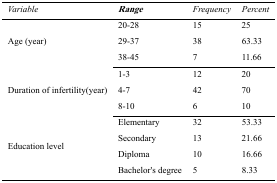
<table><thead><tr><td><b>Variable</b></td><td><b>Range</b></td><td><b>Frequency</b></td><td><b>Percent</b></td></tr></thead><tbody><tr><td rowspan="4">Age (year)</td><td>20-28</td><td>15</td><td>25</td></tr><tr><td>29-37</td><td>38</td><td>63.33</td></tr><tr><td>38-45</td><td>7</td><td>11.66</td></tr><tr><td rowspan="4">Duration of infertility(year)</td><td>1-3</td><td>12</td><td>20</td></tr><tr><td>4-7</td><td>42</td><td>70</td></tr><tr><td>8-10</td><td>6</td><td>10</td></tr><tr><td rowspan="4">Education level</td><td>Elementary</td><td>32</td><td>53.33</td></tr><tr><td>Secondary</td><td>13</td><td>21.66</td></tr><tr><td>Diploma</td><td>10</td><td>16.66</td></tr><tr><td>Bachelor&#x27;s degree</td><td>5</td><td>8.33</td></tr></tbody></table>